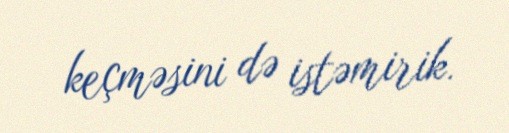
keçməsini də istəmirik.